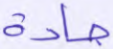
جادة